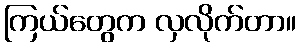
ကြယ်တွေက လှလိုက်တာ။